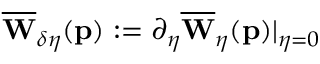
\overline { { \mathbf { W } } } _ { \delta \eta } ( \mathbf { p } ) : = \partial _ { \eta } \overline { { \mathbf { W } } } _ { \eta } ( \mathbf { p } ) \vert _ { \eta = 0 }